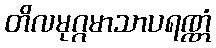
တိလမုဂ္ဂမာသာပရဏ္ဏံ